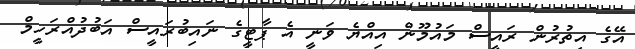
އޭގެ އިތުރުން ރައީސް މައުމޫން އިއްޔެ ވަނީ އެ ޕާޓީގެ ނައިބުރައީސް އަބުދުއްރަހީމް